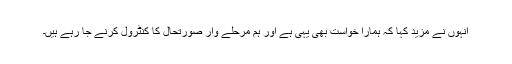
انہوں نے مزید کہا کہ ہمارا خواست بھی یہی ہے اور ہم مرحلے وار صورتحال کا کنٹرول کرنے جا رہے ہیں۔